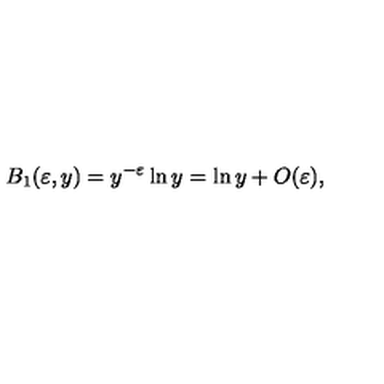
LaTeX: B _ { 1 } ( \varepsilon , y ) = y ^ { - \varepsilon } \ln y = \ln y + O ( \varepsilon ) \nonumber ,